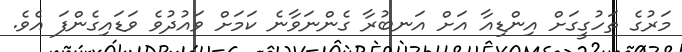
މަރުގެ ތަހުގީގަށް އިންޑިއާ އަށް އަނބުރާ ގެންނަވާނެ ކަމަށް ވައުދުވެ ވަޑައިގެންފަ އެވެ.